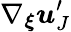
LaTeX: \nabla_{\boldsymbol{\xi}}\boldsymbol{u}_{J}^{\prime}